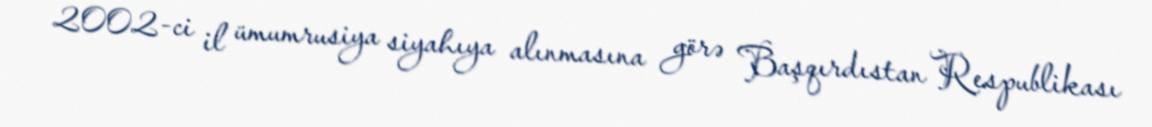
2002-ci il ümumrusiya siyahıya alınmasına görə Başqırdıstan Respublikası